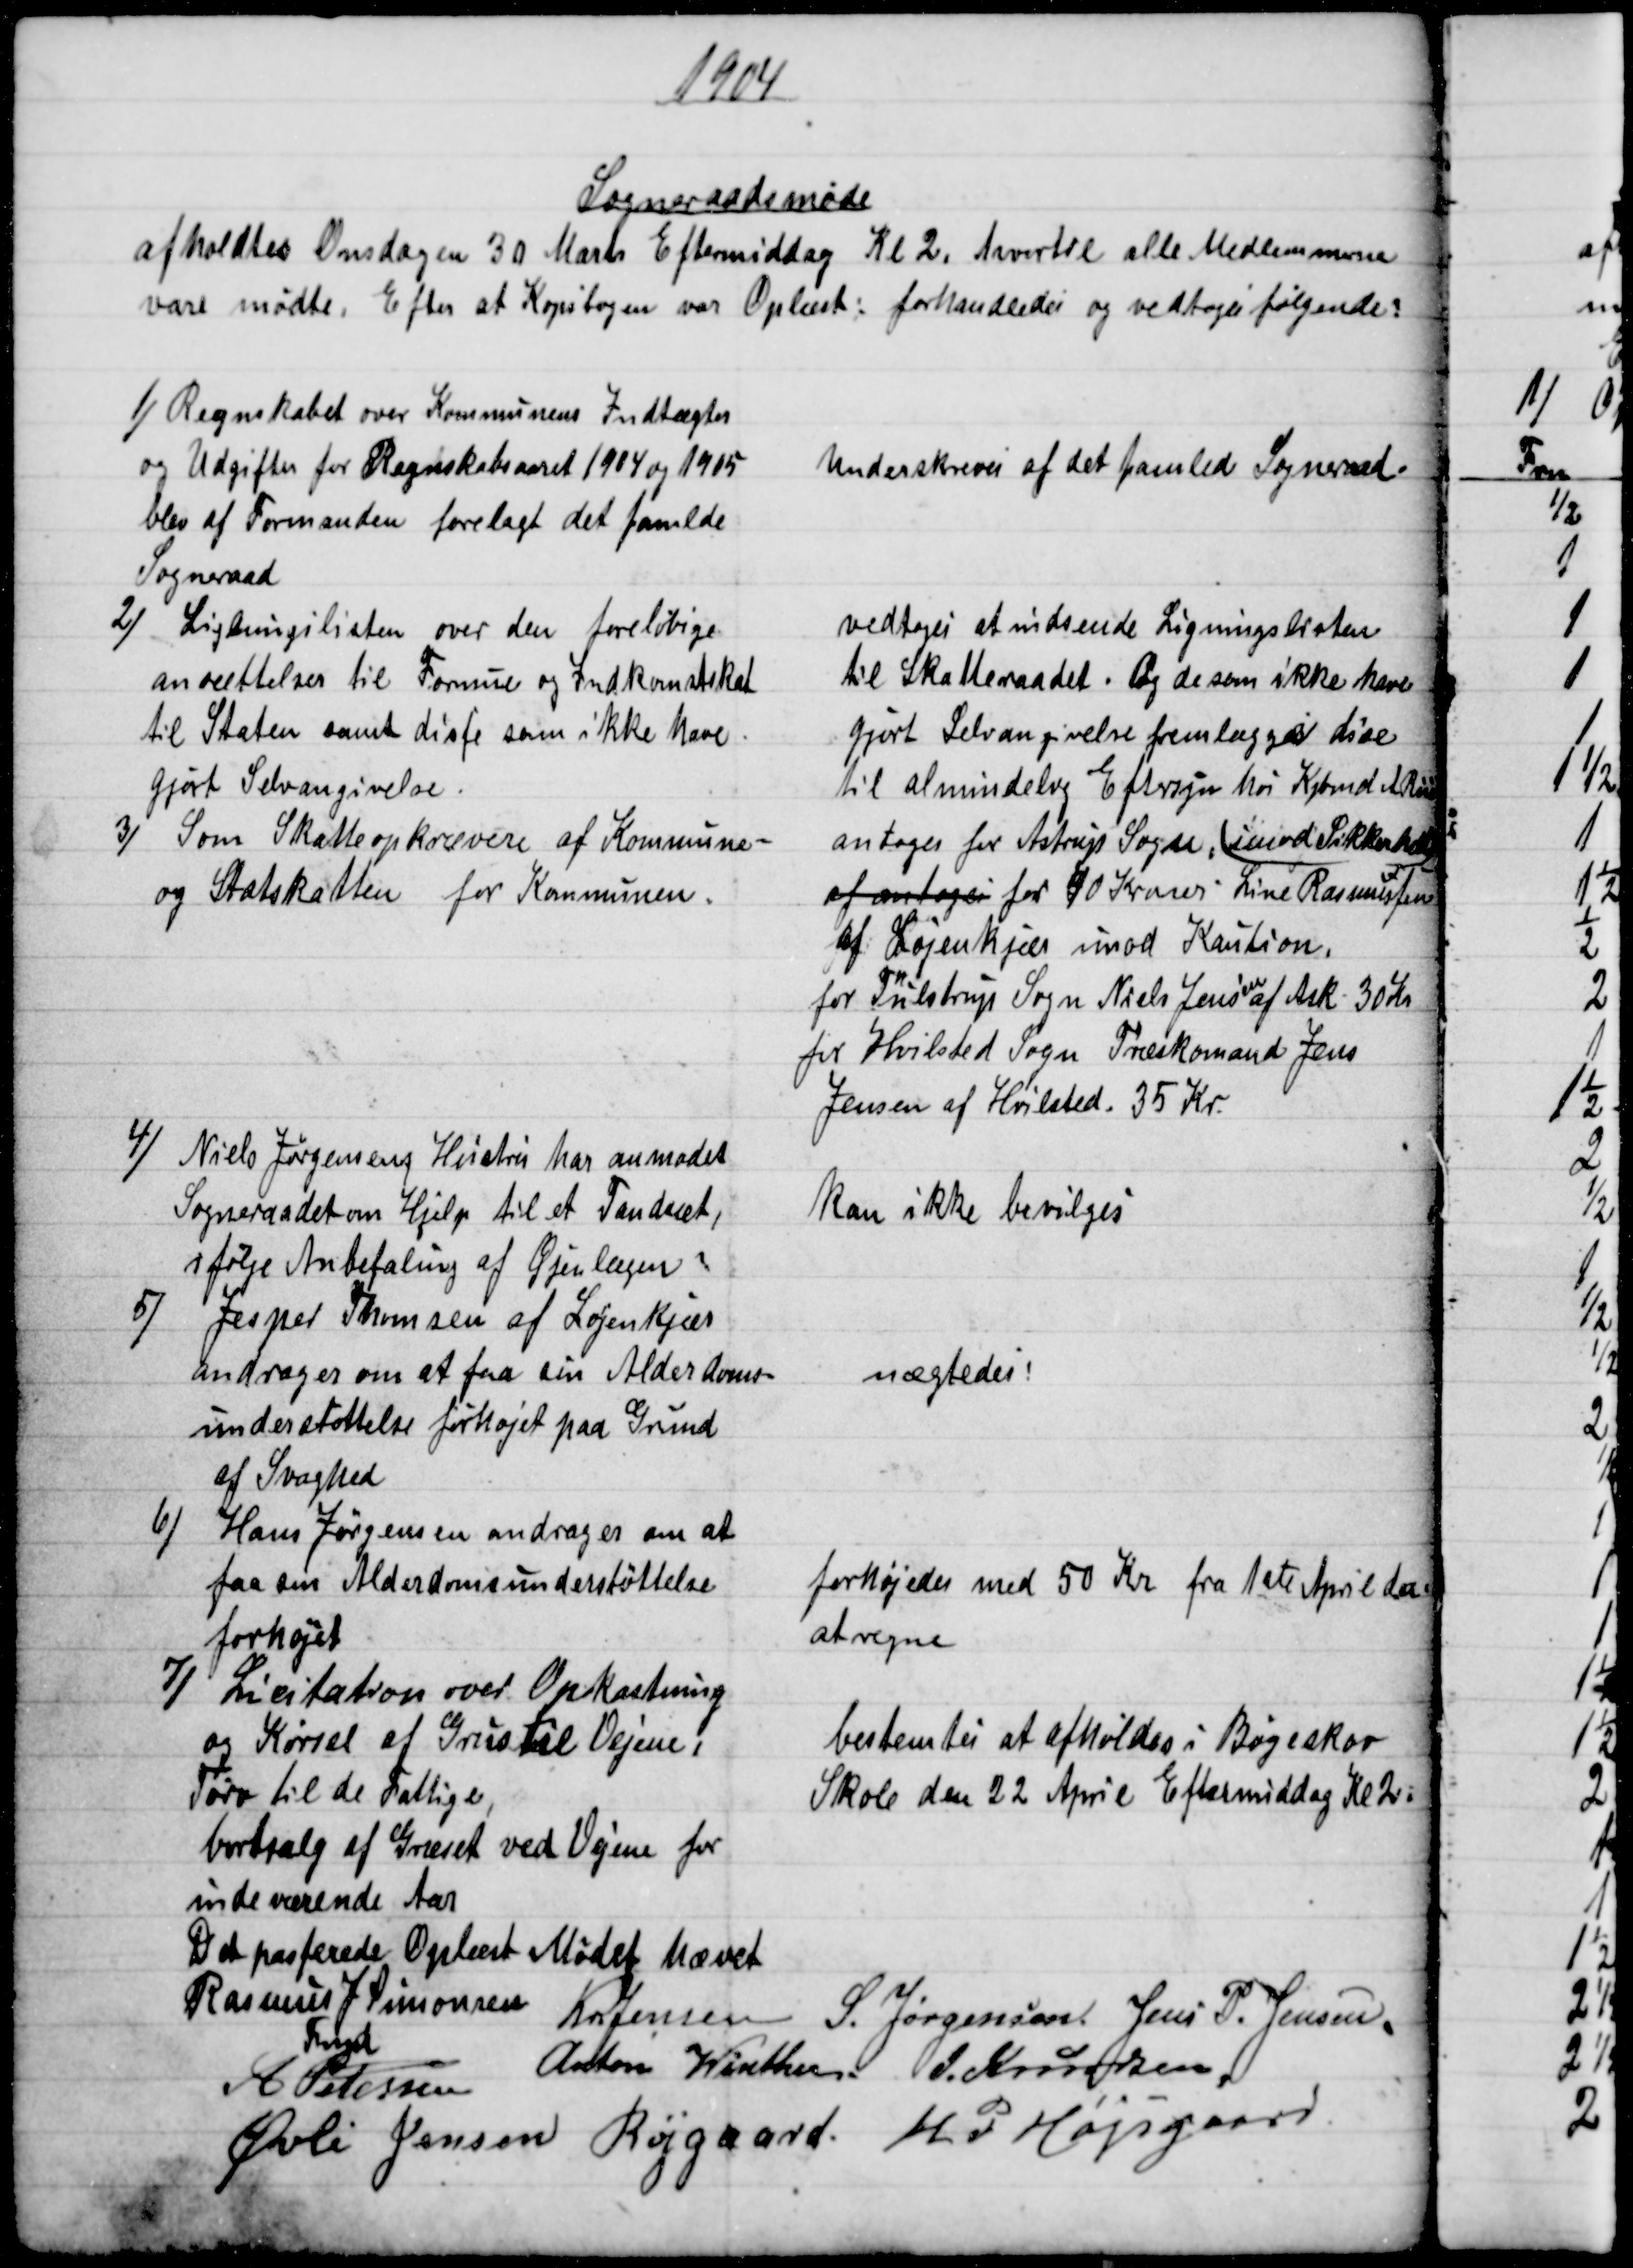
Transskription:
1904
Sogneraadsmøde
afholdtes Onsdagen 30 Marts Eftermiddag Kl 2, hvortil alle Medlemmerne
vare mødte. Efter at Kopibogen var Oplæst: forhandledes og vedtoges følgende:
1)
Regnskabet over Kommunens Indtægter
og Udgifter for Regnskabsaaret 1904 og 1905
blev af Formanden forelagt det samlde
Sogneraad
Underskreves af det samled Sogneraad.
2) 
Ligtningslisten over den foreløbige
ansættelser til Formue og Indkomstskat
til Staten samt disse som ikke have
gjort Selvangivelse.
vedtoges at indsende Ligningslisten
til Skatteraadet. Og de som ikke have
gjort Selvangivelse fremlægges dise
til almindelse Eftersyn hos Købmd A Riis
3) 
Som Skatteopkrævere af Kommune-
og Statskatten for Kommunen.
antoges for Astrup Sogn, (imod Sikkerhed)
af antoges for 40 Kroner Line Rasmussen
af Løjenkjær imod Kaution.
for Tulstrup Sogn Niels Jens
en
af Ask 30 Kr
for Hvilsted Sogn Træskomand Jens
Jensen af Hvilsted. 35 Kr.
4) 
Niels Jørgensens Hustru har anmodet
Sogneraadet om Hjelp til et Tandsæt,
ifølge Anbefaling af Øjenlægen
kan ikke bevilges
5) 
Jesper Thomsen af Løjenkjær
andrager om at faa sin Alderdoms-
understøttelse forhøjet paa Grund
af Svaghed
nægtedes:
6)
Hans Jørgensen andrager om at
faa sin Alderdomsunderstøttelse
forhøjet
forhøjedes med 50 Kr fra 1ste April d.a.
at regne
7) 
Licitation over Opkastning
og Kørsel af Grus til Vejene,
Tørv til de Fattige,
bortsalg af Græset ved Vejene for
indeværende Aar
bestemtes at afholdes i Bøgeskov
Skole den 22 April Eftermiddag Kl 2.
Det passerede Oplæst Mødet hævet
Rasmus J. Simonsen
Fmd
Kr Jensen S. Jørgensen Jens P. Jensen.
Anton Winther J. Frandsen
A. Petersen
Øvli Jensen Røjgaard. H P Højsgaard